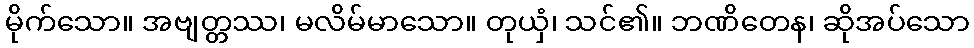
မိုက်သော။ အဗျတ္တဿ၊ မလိမ်မာသော။ တုယှံ၊ သင်၏။ ဘဏိတေန၊ ဆိုအပ်သော